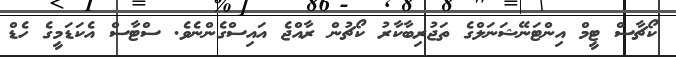
ކޯޗާސް ޓީމް އިންޓަނޭޝަނަލްގެ ތަޖުރިބާކާރު ކޯޗުން ރާއްޖެ އައިސްގެންނެވެ. ސްޓާސް އެކަޑަމީގެ ހެޑް